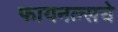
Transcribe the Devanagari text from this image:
फायनल्सचे